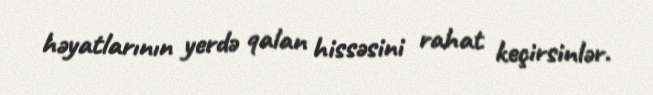
həyatlarının yerdə qalan hissəsini rahat keçirsinlər.